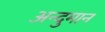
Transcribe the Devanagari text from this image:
अन्दुमान